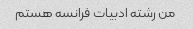
من رشته ادبیات فرانسه هستم